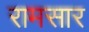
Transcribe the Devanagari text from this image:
रामसार